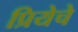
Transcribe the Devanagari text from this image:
प्रियेचे